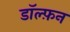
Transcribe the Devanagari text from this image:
डॉल्फ़न